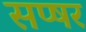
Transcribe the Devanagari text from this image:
सप्षर